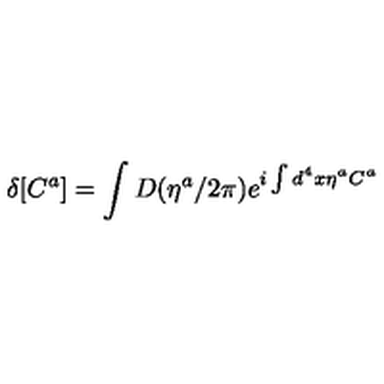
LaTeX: \delta [ C ^ { a } ] = \int D ( \eta ^ { a } / 2 \pi ) e ^ { i \int d ^ { 4 } x \eta ^ { a } C ^ { a } }